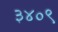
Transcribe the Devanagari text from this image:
३४०९